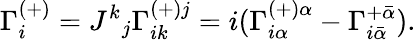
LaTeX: \Gamma_{i}^{(+)}=J^{k}{}_{j}\Gamma_{ik}^{(+)j}=i(\Gamma_{i\alpha}^{(+)\alpha}-\Gamma_{i\bar{\alpha}}^{+\bar{\alpha}}).